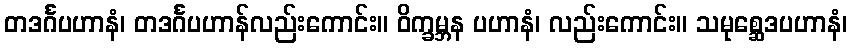
တဒင်္ဂပဟာနံ၊ တဒင်္ဂပဟာန်လည်းကောင်း။ ဝိက္ခမ္ဘန ပဟာနံ၊ လည်းကောင်း။ သမုစ္ဆေဒပဟာနံ၊